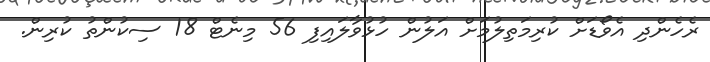
ރެހެންދި އެވޯޑަށް ކުރިމަތިލުމަށް އަލުން ހުޅުވާލައިފި 56 މިނެޓް 18 ސިކުންތު ކުރިން.